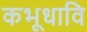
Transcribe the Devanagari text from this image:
कभूधावि